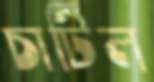
চাটিল